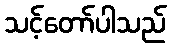
သင့်တော်ပါသည်